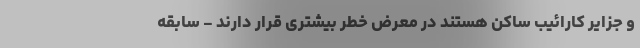
و جزایر کارائیب ساکن هستند در معرض خطر بیشتری قرار دارند - سابقه